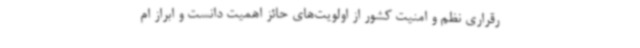
رقراری نظم و امنیت کشور از اولویت‌های حائز اهمیت دانست و ابراز ام